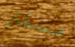
منقار